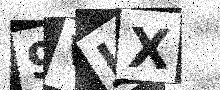
Text: 9VJX